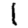
Digit: 1